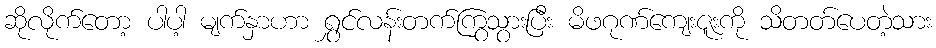
ဆိုလိုက်တော့ ပါပါ့ မျက်နှာဟာ ရွှင်လန်းတက်ကြွသွားပြီး မိဖဂုဏ်ကျေးဇူးကို သိတတ်ပေတဲ့သား